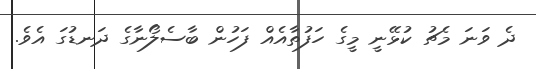
ދެ ވަނަ މެޗު ކުޅޭނީ މީގެ ހަފުތާއެއް ފަހުން ބާސެލޯނާގެ ދަނޑުގަ އެވެ.